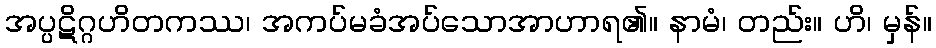
အပ္ပဋိဂ္ဂဟိတကဿ၊ အကပ်မခံအပ်သောအာဟာရ၏။ နာမံ၊ တည်း။ ဟိ၊ မှန်။